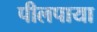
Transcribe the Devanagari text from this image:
पीलपाया